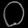
Digit: ၀